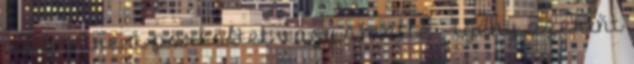
a köretre a pörköltet vagy amellé - igény szerint